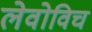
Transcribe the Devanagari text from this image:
लेवोविच